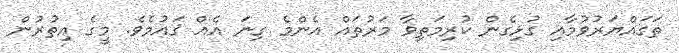
ތަގައްޔަރުވުމާއި ގުޅިގެން ކުރިމަތިވާ މަރުތައް އެންމެ ގިނަ އެއް ޤައުމެވެ. މީގެ އިތުރުން